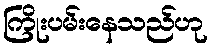
ကြိုးပမ်းနေသည်ဟု